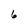
Character: 6